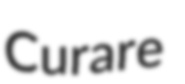
Curare